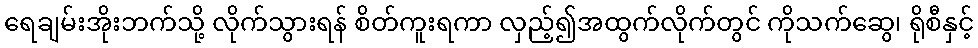
ရေချမ်းအိုးဘက်သို့ လိုက်သွားရန် စိတ်ကူးရကာ လှည့်၍အထွက်လိုက်တွင် ကိုသက်ဆွေ၊ ရိုစီနှင့်